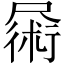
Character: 𪨜